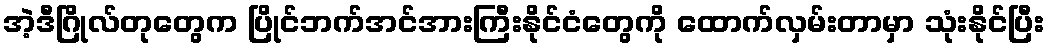
အဲ့ဒီဂြိုလ်တုတွေက ပြိုင်ဘက်အင်အားကြီးနိုင်ငံတွေကို ထောက်လှမ်းတာမှာ သုံးနိုင်ပြီး